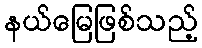
နယ်မြေဖြစ်သည့်